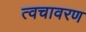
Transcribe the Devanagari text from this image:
त्वचावरण